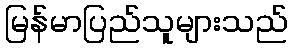
မြန်မာပြည်သူများသည်